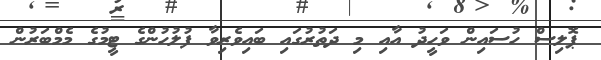
ޕޮލިސް ހުސައިން ވަހީދު އާއި މި ދަތުރުގައި ބައިވެރިވާ ފުލުހުންގެ ޓީމުގެ މެމްބަރުން